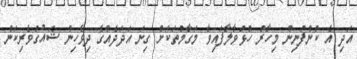
އަދި އެ ކުންފުނިން މިހާރު ހުޅުވާލާފައިވާ މަގާމުތަކަށް ގިނަ އަދަދެއްގެ ދިވެހިން ޝައުގުވެރިކަން